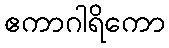
ဧကာဂါရိကော